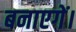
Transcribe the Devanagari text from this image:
बनाएगें।